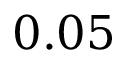
0 . 0 5